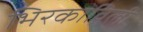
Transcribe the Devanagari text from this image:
भिरकाविली